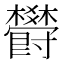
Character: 欎